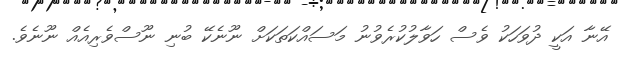
އޭނާ އަކީ ދުވަހަކު ވެސް ހަވާލުކުރެވުނު މަސައްކަތަކަށް ނޫނެކޭ ބުނި ނޫސްވެރިއެއް ނޫނެވެ.